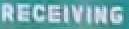
recieving